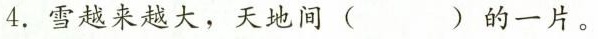
4. 雪越来越大，天地间 ( ) 的一片。